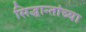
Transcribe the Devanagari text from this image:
सिद्धान्तांच्या